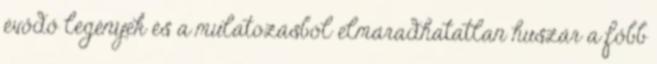
évődő legények és a mulatozásból elmaradhatatlan huszár a főbb